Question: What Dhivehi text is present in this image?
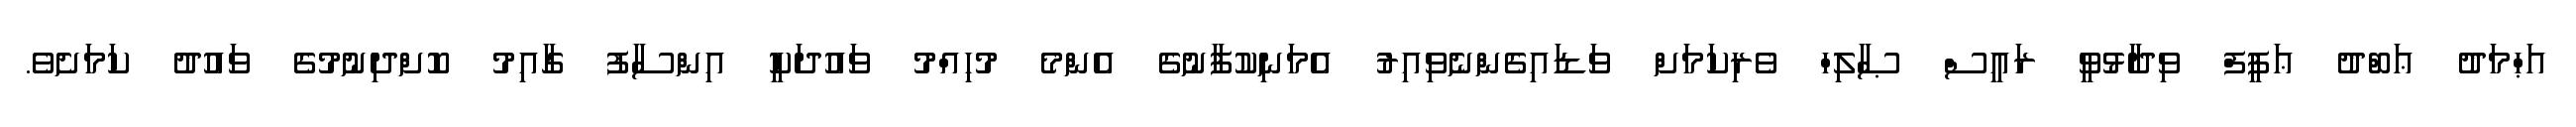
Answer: އަޙްމަދު ޢަބްދު ޢަފީފް ވިދާޅުވީ ރައީސް ޞާލިހް ވެރިކަމަށް ވަޑައިގެންނެވިއިރު އެމަނިކުފާނުގެ އެންމެ މުހިއްމު ވައުދަކީ އިންސާފު ގާއިމު ކޮށްދިނުމުގެ ވައުދު ކަމަށެވެ.